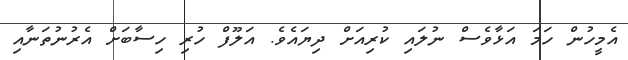
އެމީހުން ހަމަ އަޅާވެސް ނުލައި ކުރިއަށް ދިޔައެވެ. އަލޫފް ހުރި ހިސާބަށް އެރުނުތަނާއި